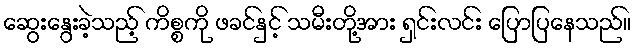
ဆွေးနွေးခဲ့သည့် ကိစ္စကို ဖခင်နှင့် သမီးတို့အား ရှင်းလင်း ပြောပြနေသည်။